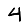
Digit: 4